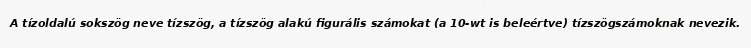
A tízoldalú sokszög neve tízszög, a tízszög alakú figurális számokat (a 10-wt is beleértve) tízszögszámoknak nevezik.